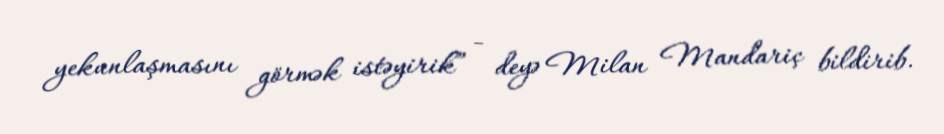
yekunlaşmasını görmək istəyirik” - deyə Milan Mandariç bildirib.